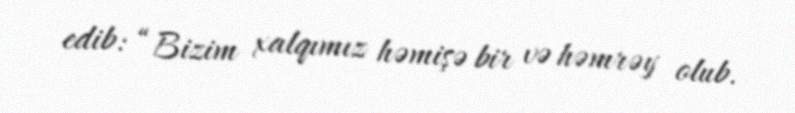
edib: “Bizim xalqımız həmişə bir və həmrəy olub.